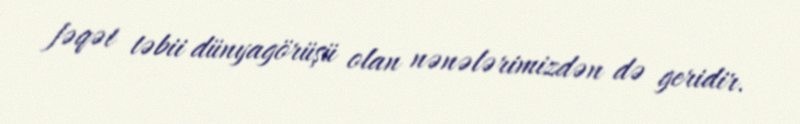
fəqət təbii dünyagörüşü olan nənələrimizdən də geridir.